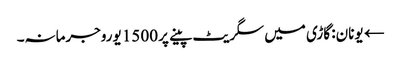
← یونان: گاڑی میں سگریٹ پینے پر 1500 یوروجرمانہ۔